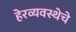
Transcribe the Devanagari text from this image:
हेरव्यवस्थेचे